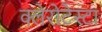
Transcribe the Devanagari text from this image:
क्लेरोटेस्टा